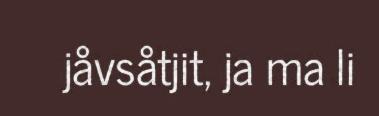
jåvsåtjit, ja ma li